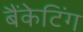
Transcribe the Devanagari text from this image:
बैंकेटिंग